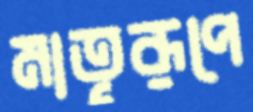
মাতৃরূপে